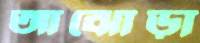
আঝোড়া